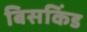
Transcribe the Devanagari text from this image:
बिसकिंड